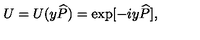
U = U ( y { \widehat { P } } ) = \exp [ - i y { \widehat { P } } ] ,